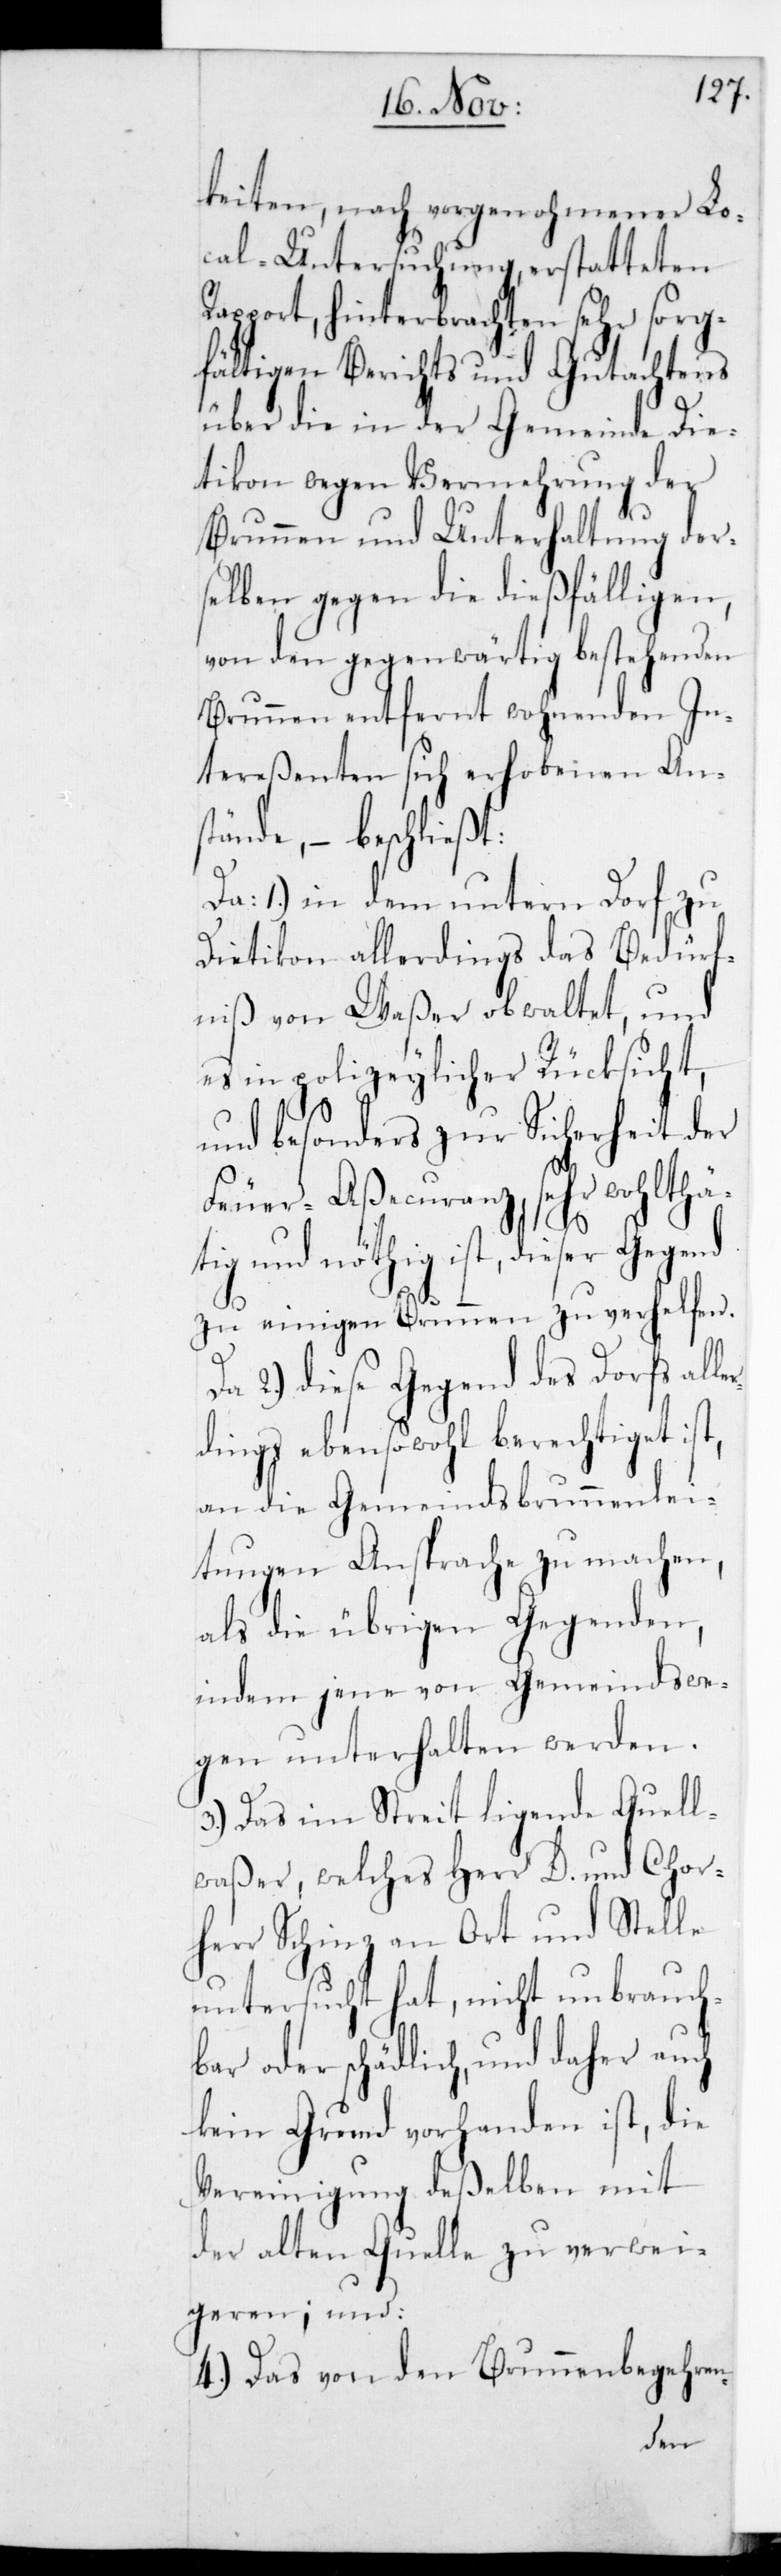
er¬
keiten, nach vorgenohmener
cal-Untersuchung, erstatteten
Rapport, hinterbrachten sehr sog¬
fältigen Berichts und Gutachtens
über die in der Gemeinde Die¬
tikon wegen Vermehrung der
Brunnen und Unterhaltung der¬
selben gegen die dießfälligen,
von den gegenwärtig bestehenden
Brunnen entfernt wohnenden In¬
tereßenten sich erhobenen An¬
stände, – beschließt:
Da 1.) in dem untern Dorf zu
Dietikon allerdings das Bedürf¬
niß von Waßer obwaltet, und
es in polizeylicher Rücksicht
und besonders zur Sicherheit der
Feuer-Aßecuranz, sehr wohltä¬
tig und nöthig ist, dieser Gegend
zu einigen Brunnen zu verhelfen.
2.) diese Gegend des Dorfs all¬
dings ebensowohl berechtiget ist,
an die Gemeindsbrunnenlei¬
tungen Ansprache zu machen,
als die übrigen Gegenden,
indem jene von Gemeindswe¬
gen unterthalten werden.
3.) Das im Streit ligende Quell¬
waßer, welches Herr D. und Chor¬
herr Schinz an Ort und Stelle
untersucht hat, nicht unbrauch¬
bar oder schädlich, und daher auch
kein Grund vorhanden ist, die
Vereinigung deßelben mit
der alten Quelle zu verwei¬
geren; und:
4.) Das von den Brunnenbegehren-